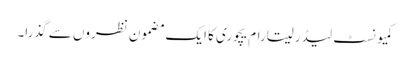
کمیونسٹ لیڈر سیتارام یچوری کا ایک مضمون نظروں سے گذرا۔